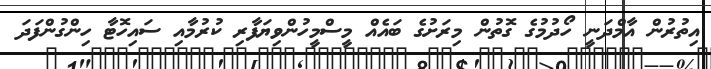
އިތުރުން އާމްދަނީ ހޯދުމުގެ ގޮތުން މިރަށުގެ ބައެއް މީސްމީހުންވިޔަފާރި ކުރުމާއި ސައިހޮޓާ ހިންގުންފަދަ